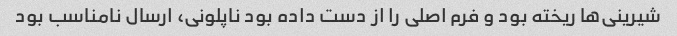
شیرینی‌ها ریخته بود و فرم اصلی را از دست داده بود ناپلونی، ارسال نامناسب بود